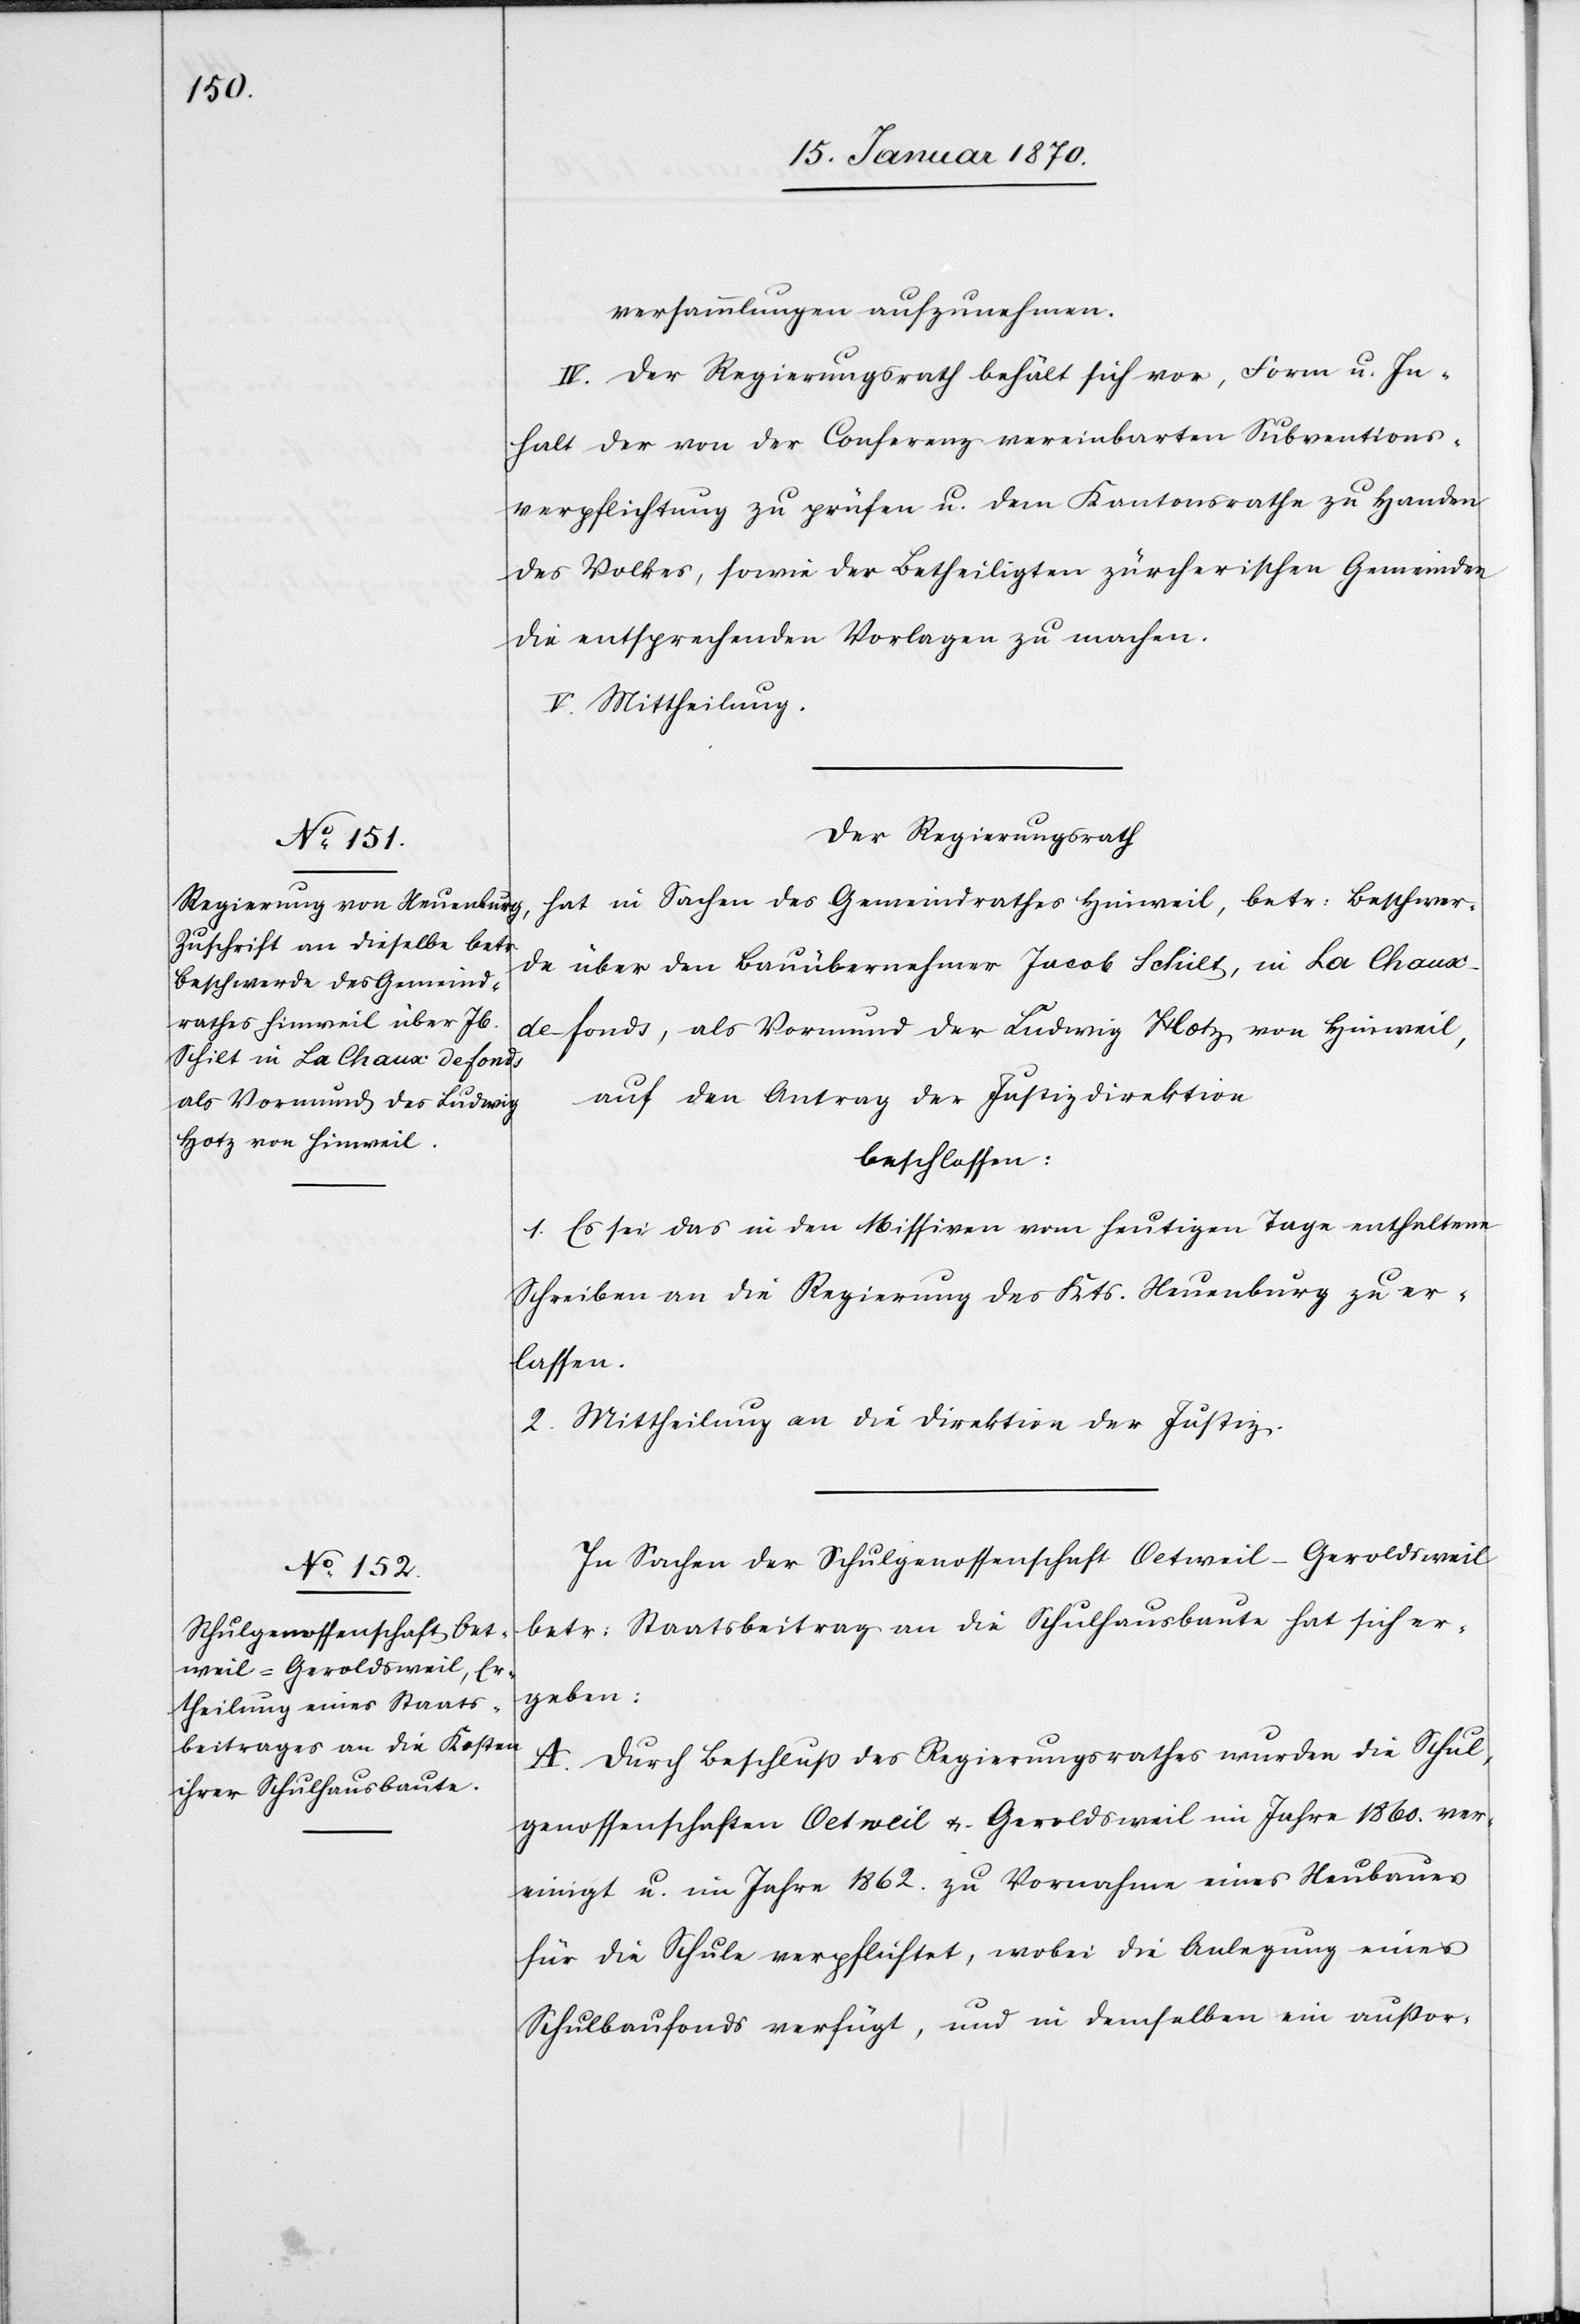
versammlungen aufzunehmen.
IV. Der Regierungsrath behält sich vor, Form u. In¬
halt der von der Conferenz vereinbarten Subventions¬
verpflichtung zu prüfen u. dem Kantonsrathe zu Handen
des Volkes, sowie der Betheiligten zürcherischen Gemeinden
die entsprechenden Vorlagen zu machen.
V. Mittheilung.
Der Regierungsrath
hat in Sachen des Gemeindrathes Hinweil, betr: Beschwer¬
de über den Bauübernehmer Jacob Schilt, in La Chau¬
x-de-fonds, als Vormund der [sic!] Ludwig Hotz, von Hinweil,
auf den Antrag der Justizdirektion
beschlossen:
1. Es sei das in den Missiven vom heutigen Tage enthaltene
Schreiben an die Regierung des Kts. Neuenburg zu er¬
lassen.
2. Mittheilung an die Direktion der Justiz.
In Sachen der Schulgenossenschaft Oetweil–Geroldsweil
betr: Staatsbeitrag an die Schulhausbaute hat sich er¬
geben:
A. Durch Beschluß des Regierungsrathes wurden die Schul¬
genossenschaften Oetweil u. Geroldsweil im Jahre 1860. ver¬
einigt u. im Jahre 1862. zu Vornahme eines Neubaues
für die Schule verpflichtet, wobei die Anlegung eines
Schulbaufonds verfügt, und in demselben ein auß[er]or-